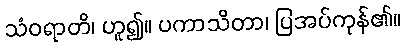
သံဝရာတိ၊ ဟူ၍။ ပကာသိတာ၊ ပြအပ်ကုန်၏။